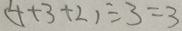
( 4 + 3 + 2 ) \div 3 = 3